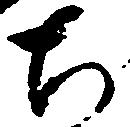
ち